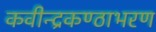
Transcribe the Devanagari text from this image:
कवीन्द्रकण्ठाभरण